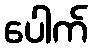
ပေါက်